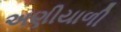
અણીયાળી